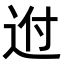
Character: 𨒕